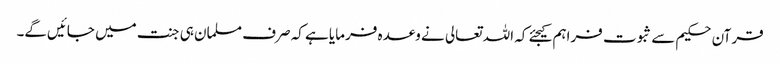
قرآن حکیم سے ثبوت فراہم کیجئے کہ اللہ تعالی نے وعدہ فرمایا ہے کہ صرف مسلمان ہی جنت میں‌ جائیں‌گے۔